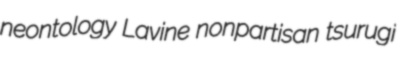
neontology Lavine nonpartisan tsurugi